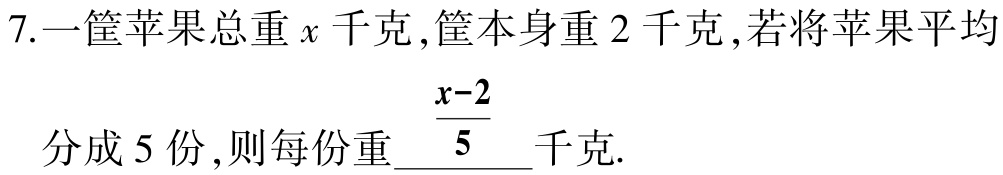
7.一筐苹果总重\(x\)千克，筐本身重\(2\)千克，若将苹果平均
分成\(5\)份，则每份重\(\frac{x - 2}{5}\)千克.